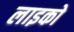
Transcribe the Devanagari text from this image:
लाइको